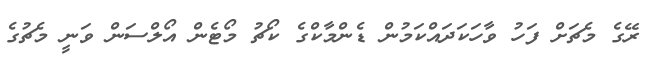
ރޭގެ މެޗަށް ފަހު ވާހަކަދައްކަމުން ޑެންމާކްގެ ކޯޗު މޯޓެން އޯލްސަން ވަނީ މެޗުގެ